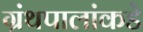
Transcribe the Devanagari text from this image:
ग्रंथपालांकडे